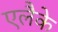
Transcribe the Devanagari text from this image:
एलैके